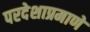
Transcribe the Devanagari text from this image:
परदेशाप्रमाणे